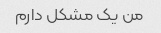
من یک مشکل دارم